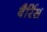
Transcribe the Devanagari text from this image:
बैर्रिस